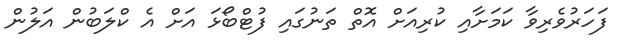
ފަހަރުވެރިވާ ކަމަށާއި ކުރިއަށް އޮތް ތަނުގައި ފުޓްބޯޅަ އަށް އެ ކްލަބުން އަލުން